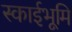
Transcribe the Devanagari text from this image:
स्काईभूमि